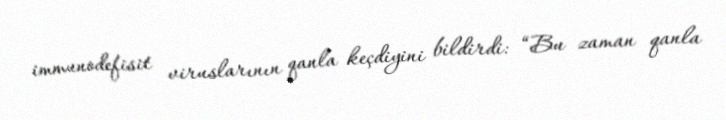
immunodefisit viruslarının qanla keçdiyini bildirdi: “Bu zaman qanla